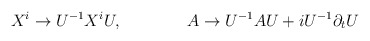
\begin{align*}X^i \to U^{-1} X^i U, \qquad \qquad A \to U^{-1} A U +i U^{-1}\partial_t U\end{align*}